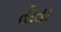
તોતા